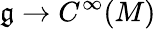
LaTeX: {\mathfrak{g}}\to C^{\infty}(M)